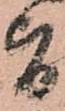
旨